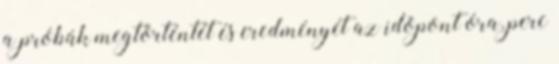
a próbák megtörténtét és eredményét az idõpont óra, perc